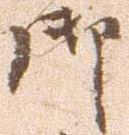
御